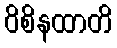
ဝိစိနထာတိ